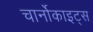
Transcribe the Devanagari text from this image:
चार्नोकाइट्स